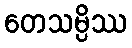
တေသမ္ပိဿ